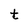
Character: t